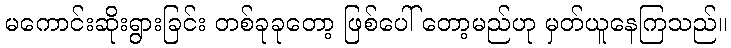
မကောင်းဆိုးရွားခြင်း တစ်ခုခုတော့ ဖြစ်ပေါ် တော့မည်ဟု မှတ်ယူနေကြသည်။